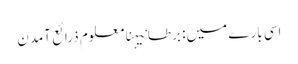
اسی بارے میں: برطانیہنامعلوم ذرائع آمدن